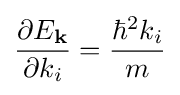
{\frac {\partial E_{\mathbf {k} }}{\partial k_{i}}}={\frac {\hbar ^{2}k_{i}}{m}}